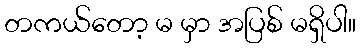
တကယ်တော့ မ မှာ အပြစ် မရှိပါ။